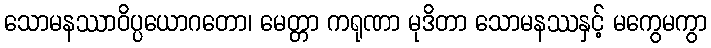
သောမနဿာဝိပ္ပယောဂတော၊ မေတ္တာ ကရုဏာ မုဒိတာ သောမနဿနှင့် မကွေမကွာ